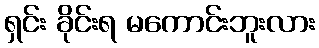
ရှင်း ခိုင်းရ မကောင်းဘူးလား